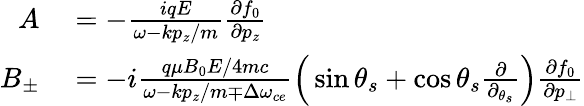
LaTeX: \begin{array}{rl}{A}&{{}=-\frac{iqE}{\omega-kp_{z}/m}\frac{\partial f_{0}}{\partial p_{z}}}\\ {B_{\pm}}&{{}=-i\frac{q\mu B_{0}E/4mc}{\omega-kp_{z}/m\mp\Delta\omega_{ce}}\Big(\sin\theta_{s}+\cos\theta_{s}\frac{\partial}{\partial_{\theta_{s}}}\Big)\frac{\partial f_{0}}{\partial p_{\bot}}}\end{array}